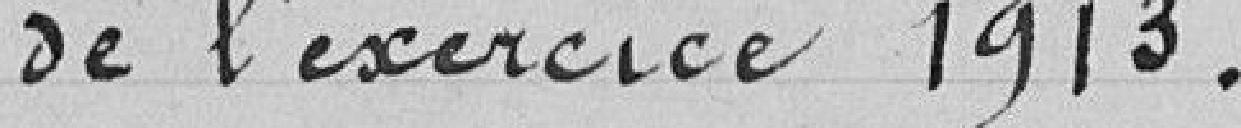
de l'exercice 1913.